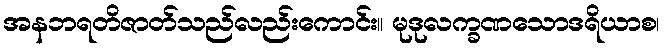
အနဘရတိဇာတ်သည်လည်းကောင်း။ မုဒုလက္ခဏသောဒရိယာစ၊